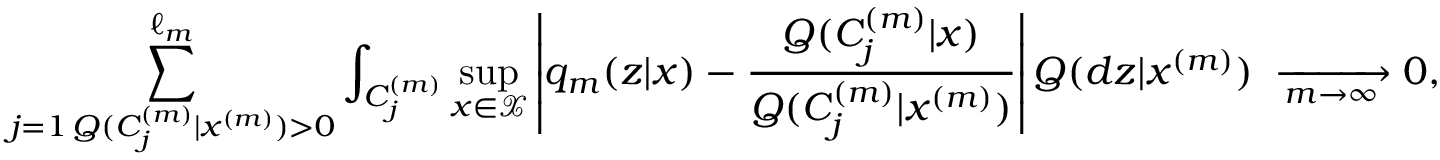
\sum _ { \substack { j = 1 \, Q ( C _ { j } ^ { ( m ) } | x ^ { ( m ) } ) > 0 } } ^ { \ell _ { m } } \int _ { C _ { j } ^ { ( m ) } } \operatorname* { s u p } _ { x \in \mathcal X } \left| q _ { m } ( z | x ) - \frac { Q ( C _ { j } ^ { ( m ) } | x ) } { Q ( C _ { j } ^ { ( m ) } | x ^ { ( m ) } ) } \right| Q ( d z | x ^ { ( m ) } ) \; \xrightarrow [ m \to \infty ] \; 0 ,